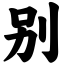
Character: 别